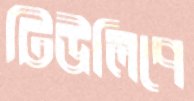
টিউলিপে